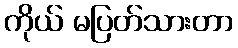
ကိုယ် မပြတ်သားတာ